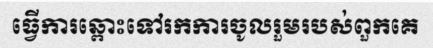
ធ្វើការឆ្ពោះទៅរកការចូលរួមរបស់ពួកគេ